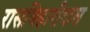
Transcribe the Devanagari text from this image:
रासबिहारीदास